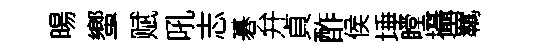
暘蠁赋吼志碁弁貞酢侯埵瞠攝羈